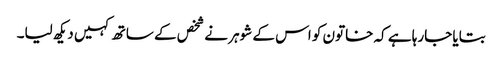
بتایا جارہا ہے کہ خاتون کو اس کے شوہر نے شخص کے ساتھ کہیں دیکھ لیا۔